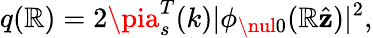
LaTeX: q(\mathbb{R})=2\pia_{s}^{T}(k)|\phi_{\nul0}(\mathbb{R}\hat{{\textbf{{z}}}})|^{2},